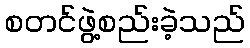
စတင်ဖွဲ့စည်းခဲ့သည်